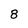
Character: 8